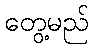
တွေ့မည်